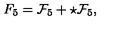
F _ { 5 } = { \cal F } _ { 5 } + \star { \cal F } _ { 5 } ,